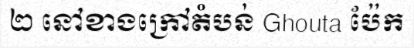
២ នៅខាងក្រៅតំបន់ Ghouta ប៉ែក